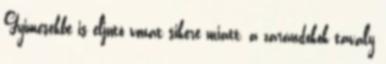
Gyimesekbe is eljutó vonat sikere miatt, a zarándokok tavaly